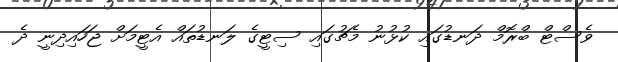
ވެސްޓް ބްރޮމް ދަނޑުގައި ކުޅުނު މެޗުގައި ސިޓީގެ ލަނޑުތައް އެޓީމަށް ޖަހައިދިނީ ދެ